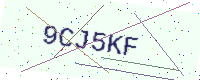
Text: 9CJ5KF